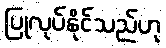
ပြုလုပ်နိုင်သည်ဟု